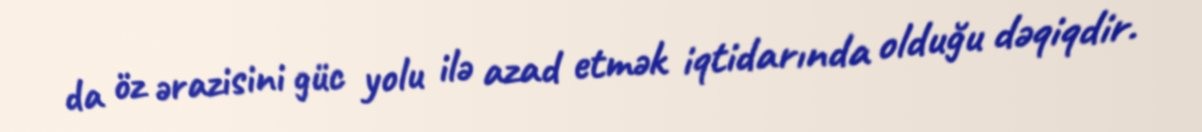
da öz ərazisini güc yolu ilə azad etmək iqtidarında olduğu dəqiqdir.